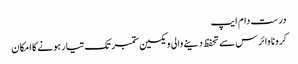
درست دام ایپ
کرونا وائرس سے تحفظ دینے والی ویکسین ستمبر تک تیار ہونے کا امکان